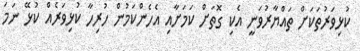
ކުޅިވަރުތަކަށް ތައްޔާރުވަނީ އެކި ގޮތަށް ކަމަށާއި އެހެންކަމުން ހުރިހާ ކުޅިވަރެއް ކުޅޭ ނަމަ